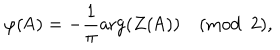
\varphi ( \mathsf { A } ) = - \frac 1 \pi \arg ( Z ( \mathsf { A } ) ) \pmod 2 ,